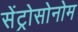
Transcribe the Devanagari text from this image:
सेंट्रोसोनोम